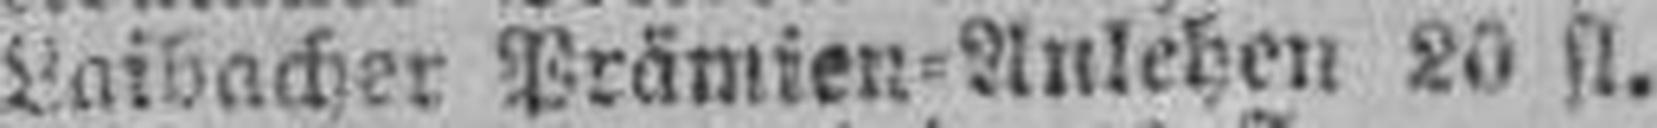
Laibacher Prämien=Anlehen 20 fl.